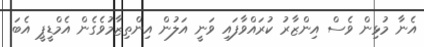
އެނާ މުޅިން ވެސް އިންޒާރު ކުރައްވާފައި ވަނީ އަލުން އިންތިޒާމުވެގެން އެމްޑީޕީ އެބަ